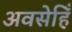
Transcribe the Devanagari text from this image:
अवसेहिँ